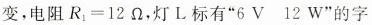
变，电阻$$R_{ 1 } = 1 2 Ω$$，灯L标有”6V 12W”的字